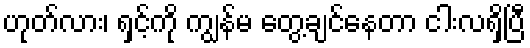
ဟုတ်လား၊ ရှင့်ကို ကျွန်မ တွေ့ချင်နေတာ ငါးလရှိပြီ